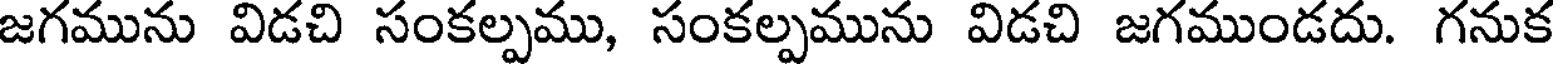
జగమును విడచి సంకల్పము, సంకల్పమును విడచి జగముండదు. గనుక